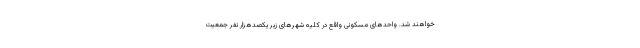
خواهند شد. واحدهای مسکونی واقع در کلیه شهرهای زیر یکصدهزار نفر جمعیت